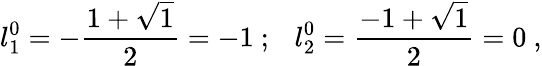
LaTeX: {l_{1}^{0}}=-\frac{1+\sqrt{1}}{2}=-1~;~~~{l_{2}^{0}}=\frac{-1+\sqrt{1}}{2}=0~,